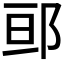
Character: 𮟷